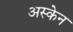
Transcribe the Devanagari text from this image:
अस्केन